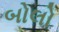
બોલો